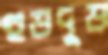
হুড়দুড়